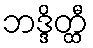
ဘဒ္ဒိတ္ထီ